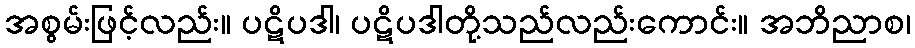
အစွမ်းဖြင့်လည်း။ ပဋိပဒါ၊ ပဋိပဒါတို့သည်လည်းကောင်း။ အဘိညာစ၊